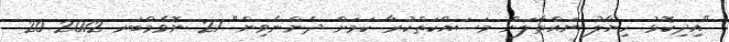
"އިދިކޮޅު ހިޔާލު ނައްތާލަން މަސައްކަތްކުރާ ކަމަށް ދެންނެވިން" 21 ނޮވެމްބަރ 2012 20